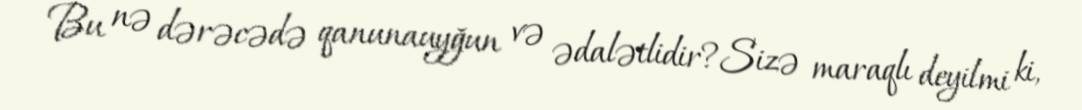
Bu nə dərəcədə qanunauyğun və ədalətlidir?Sizə maraqlı deyilmi ki,